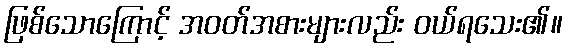
ဖြစ်သောကြောင့် အဝတ်အစားများလည်း ဝယ်ရသေး၏။